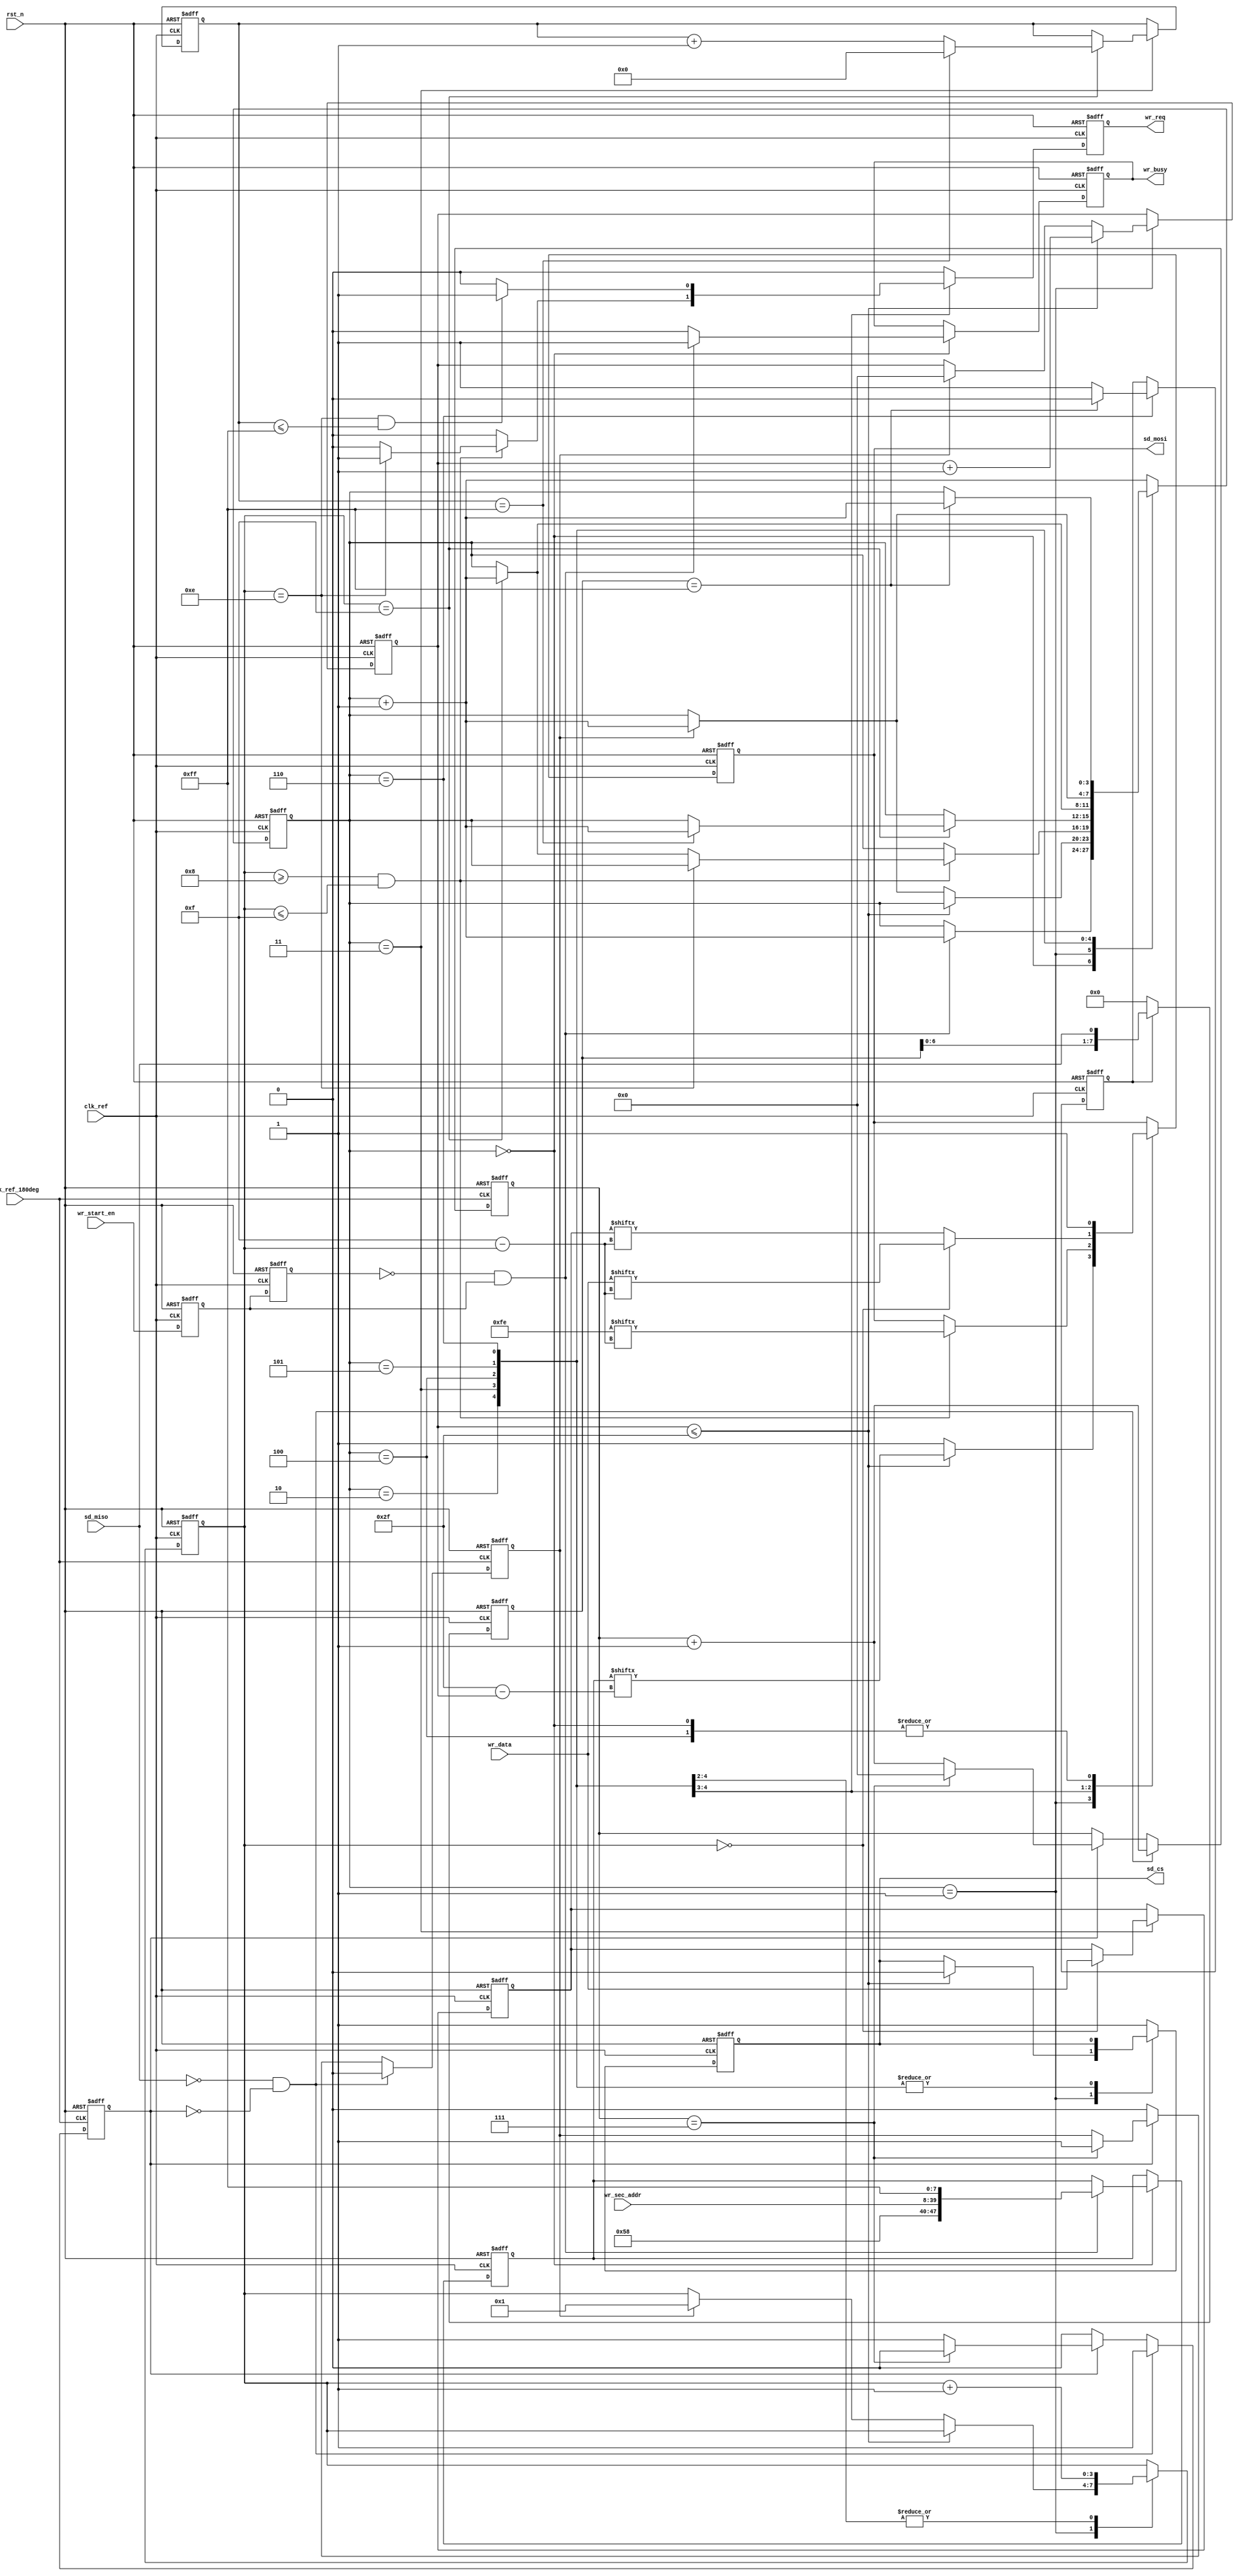
module sd_write(
    input                clk_ref       ,  //
    input                clk_ref_180deg,  //,clk_ref180
    input                rst_n         ,  //,
    //SD
    input                sd_miso       ,  //SDSPI
    output  reg          sd_cs         ,  //SDSPI  
    output  reg          sd_mosi       ,  //SDSPI
    //    
    input                wr_start_en   ,  //SD
    input        [31:0]  wr_sec_addr   ,  //
    input        [15:0]  wr_data       ,  //                          
    output  reg          wr_busy       ,  //
    output  reg          wr_req           //
    );

//parameter define
parameter  HEAD_BYTE = 8'hfe    ;         //
                             
//reg define                    
reg            wr_en_d0         ;         //wr_start_en
reg            wr_en_d1         ;   
reg            res_en           ;         //SD      
reg    [7:0]   res_data         ;         //SD                 
reg            res_flag         ;         //
reg    [5:0]   res_bit_cnt      ;         //                   
                                
reg    [3:0]   wr_ctrl_cnt      ;         //
reg    [47:0]  cmd_wr           ;         //
reg    [5:0]   cmd_bit_cnt      ;         //
reg    [3:0]   bit_cnt          ;         //
reg    [8:0]   data_cnt         ;         //
reg    [15:0]  wr_data_t        ;         //
reg            detect_done_flag ;         //
reg    [7:0]   detect_data      ;         //

//wire define
wire           pos_wr_en        ;         //SD

//*****************************************************
//**                    main code
//*****************************************************

assign  pos_wr_en = (~wr_en_d1) & wr_en_d0;

//wr_start_en
always @(posedge clk_ref or negedge rst_n) begin
    if(!rst_n) begin
        wr_en_d0 <= 1'b0;
        wr_en_d1 <= 1'b0;
    end    
    else begin
        wr_en_d0 <= wr_start_en;
        wr_en_d1 <= wr_en_d0;
    end        
end 

//sd
//clk_ref_180deg(sd_clk)
always @(posedge clk_ref_180deg or negedge rst_n) begin
    if(!rst_n) begin
        res_en <= 1'b0;
        res_data <= 8'd0;
        res_flag <= 1'b0;
        res_bit_cnt <= 6'd0;
    end    
    else begin
        //sd_miso = 0 
        if(sd_miso == 1'b0 && res_flag == 1'b0) begin
            res_flag <= 1'b1;
            res_data <= {res_data[6:0],sd_miso};
            res_bit_cnt <= res_bit_cnt + 6'd1;
            res_en <= 1'b0;
        end    
        else if(res_flag) begin
            res_data <= {res_data[6:0],sd_miso};
            res_bit_cnt <= res_bit_cnt + 6'd1;
            if(res_bit_cnt == 6'd7) begin
                res_flag <= 1'b0;
                res_bit_cnt <= 6'd0;
                res_en <= 1'b1; 
            end                
        end  
        else
            res_en <= 1'b0;       
    end
end 

//SD
always @(posedge clk_ref or negedge rst_n) begin
    if(!rst_n)
        detect_data <= 8'd0;   
    else if(detect_done_flag)
        detect_data <= {detect_data[6:0],sd_miso};
    else
        detect_data <= 8'd0;    
end        

//SD
always @(posedge clk_ref or negedge rst_n) begin
    if(!rst_n) begin
        sd_cs <= 1'b1;
        sd_mosi <= 1'b1; 
        wr_ctrl_cnt <= 4'd0;
        wr_busy <= 1'b0;
        cmd_wr <= 48'd0;
        cmd_bit_cnt <= 6'd0;
        bit_cnt <= 4'd0;
        wr_data_t <= 16'd0;
        data_cnt <= 9'd0;
        wr_req <= 1'b0;
        detect_done_flag <= 1'b0;
    end
    else begin
        wr_req <= 1'b0;
        case(wr_ctrl_cnt)
            4'd0 : begin
                wr_busy <= 1'b0;                            //
                sd_cs <= 1'b1;                                 
                sd_mosi <= 1'b1;                               
                if(pos_wr_en) begin                            
                    cmd_wr <= {8'h58,wr_sec_addr,8'hff};    //CMD24
                    wr_ctrl_cnt <= wr_ctrl_cnt + 4'd1;      //1
                    //,
                    wr_busy <= 1'b1;                      
                end                                            
            end   
            4'd1 : begin
                if(cmd_bit_cnt <= 6'd47) begin              //
                    cmd_bit_cnt <= cmd_bit_cnt + 6'd1;
                    sd_cs <= 1'b0;
                    sd_mosi <= cmd_wr[6'd47 - cmd_bit_cnt]; //                 
                end    
                else begin
                    sd_mosi <= 1'b1;
                    if(res_en) begin                        //SD
                        wr_ctrl_cnt <= wr_ctrl_cnt + 4'd1;  //1 
                        cmd_bit_cnt <= 6'd0;
                        bit_cnt <= 4'd1;
                    end    
                end     
            end                                                                                                     
            4'd2 : begin                                       
                bit_cnt <= bit_cnt + 4'd1;     
                //bit_cnt = 0~7 8
                //bit_cnt = 8~15,8'hfe        
                if(bit_cnt>=4'd8 && bit_cnt <= 4'd15) begin
                    sd_mosi <= HEAD_BYTE[4'd15-bit_cnt];    //
                    if(bit_cnt == 4'd14)                       
                        wr_req <= 1'b1;                   //
                    else if(bit_cnt == 4'd15)                  
                        wr_ctrl_cnt <= wr_ctrl_cnt + 4'd1;  //1   
                end                                            
            end                                                
            4'd3 : begin                                    //
                bit_cnt <= bit_cnt + 4'd1;                     
                if(bit_cnt == 4'd0) begin                      
                    sd_mosi <= wr_data[4'd15-bit_cnt];      //     
                    wr_data_t <= wr_data;                   //   
                end                                            
                else                                           
                    sd_mosi <= wr_data_t[4'd15-bit_cnt];    //
                if((bit_cnt == 4'd14) && (data_cnt <= 9'd255)) 
                    wr_req <= 1'b1;                          
                if(bit_cnt == 4'd15) begin                     
                    data_cnt <= data_cnt + 9'd1;  
                    //BLOCK512 = 256 * 16bit             
                    if(data_cnt == 9'd255) begin
                        data_cnt <= 9'd0;            
                        //,1          
                        wr_ctrl_cnt <= wr_ctrl_cnt + 4'd1;      
                    end                                        
                end                                            
            end       
            //2CRC,SPI,8'hff                                         
            4'd4 : begin                                       
                bit_cnt <= bit_cnt + 4'd1;                  
                sd_mosi <= 1'b1;                 
                //crc,1              
                if(bit_cnt == 4'd15)                           
                    wr_ctrl_cnt <= wr_ctrl_cnt + 4'd1;            
            end                                                
            4'd5 : begin                                    
                if(res_en)                                  //SD   
                    wr_ctrl_cnt <= wr_ctrl_cnt + 4'd1;         
            end                                                
            4'd6 : begin                                    //           
                detect_done_flag <= 1'b1;                   
                //detect_data = 8'hff,SD,
                if(detect_data == 8'hff) begin              
                    wr_ctrl_cnt <= wr_ctrl_cnt + 4'd1;         
                    detect_done_flag <= 1'b0;                  
                end         
            end    
            default : begin
                //,,8
                sd_cs <= 1'b1;   
                wr_ctrl_cnt <= wr_ctrl_cnt + 4'd1;
            end     
        endcase
    end
end            

endmodule